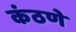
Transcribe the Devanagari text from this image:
कंठणे